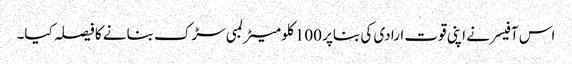
اس آفیسر نے اپنی قوت ارادی کی بناپر 100 کلو میٹر لمبی سڑک بنانے کا فیصلہ کیا۔